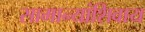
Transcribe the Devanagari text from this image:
सामान्यांशिवाय